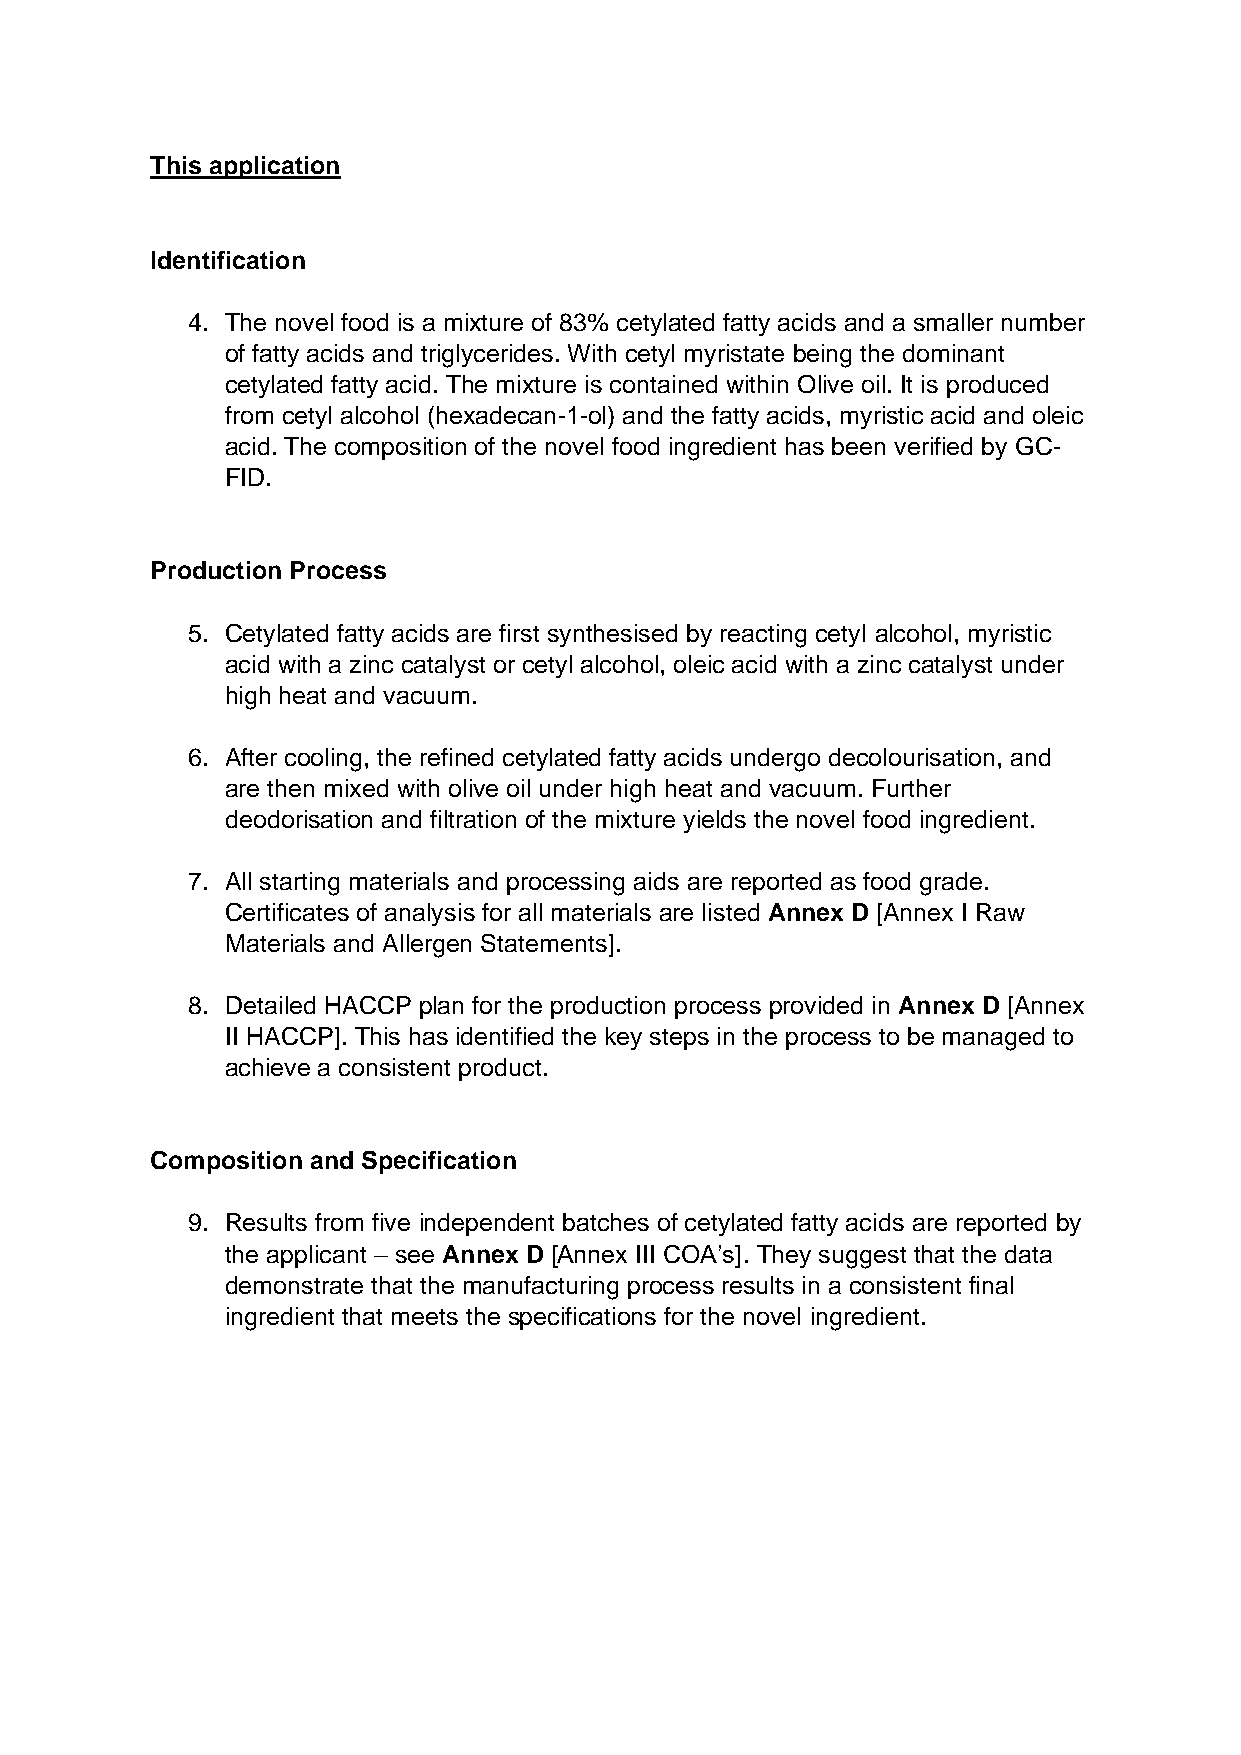
This application
 Identification
 4. The novel food is a mixture of 83% cetylated fatty acids and a smaller number
 of fatty acids and triglycerides. With cetyl myristate being the dominant
 cetylated fatty acid. The mixture is contained within Olive oil. It is produced
 from cetyl alcohol (hexadecan-1-ol) and the fatty acids, myristic acid and oleic
 acid. The composition of the novel food ingredient has been verified by GC-
 FID.
 Production Process
 5. Cetylated fatty acids are first synthesised by reacting cetyl alcohol, myristic
 acid with a zinc catalyst or cetyl alcohol, oleic acid with a zinc catalyst under
 high heat and vacuum.
 6. After cooling, the refined cetylated fatty acids undergo decolourisation, and
 are then mixed with olive oil under high heat and vacuum. Further
 deodorisation and filtration of the mixture yields the novel food ingredient.
 7. All starting materials and processing aids are reported as food grade.
 Certificates of analysis for all materials are listed Annex D [Annex I Raw
 Materials and Allergen Statements].
 8. Detailed HACCP plan for the production process provided in Annex D [Annex
 II HACCP]. This has identified the key steps in the process to be managed to
 achieve a consistent product.
 Composition and Specification
 9. Results from five independent batches of cetylated fatty acids are reported by
 the applicant – see Annex D [Annex III COA’s]. They suggest that the data
 demonstrate that the manufacturing process results in a consistent final
 ingredient that meets the specifications for the novel ingredient.